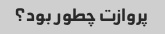
پروازت چطور بود؟